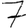
Digit: 7